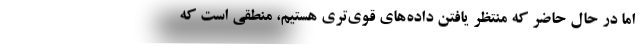
اما در حال حاضر که منتظر یافتن داده‌های قوی‌تری هستیم، منطقی است که